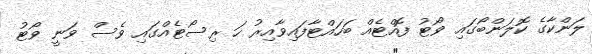
ލަންކާގެ ކޮލަންބޯގައި ވޯޓު ފޮއްޓެއް ބަހައްޓާފައިވާއިރު ހަ ރިސޯޓެއްގައި ވެސް ވަނީ ވޯޓު